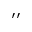
^ { \prime \prime }